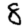
Digit: 8